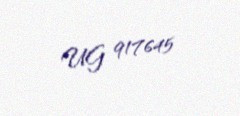
UG 917645